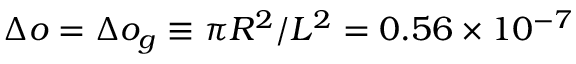
\Delta o = \Delta o _ { g } \equiv \pi R ^ { 2 } / L ^ { 2 } = 0 . 5 6 \times 1 0 ^ { - 7 }